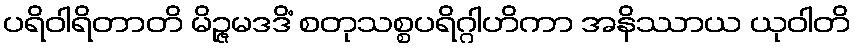
ပရိဝါရိတာတိ မိဉ္ဇမဒဒိံ စတုသစ္စပရိဂ္ဂါဟိကာ အနိဿာယ ယုဝါတိ